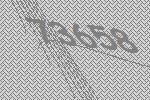
73658